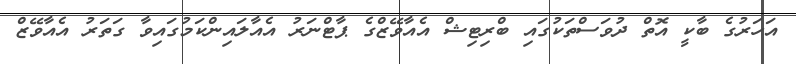
އަހަރުގެ ބާކީ އޮތް ދުވަސްތަކުގައި ބްރިޓިޝް އެއާވޭޒްގެ ޕާޓްނަރު އެއާލައިންކަމުގައިވާ ގަތަރު އެއާވޭޒް